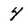
Character: 4